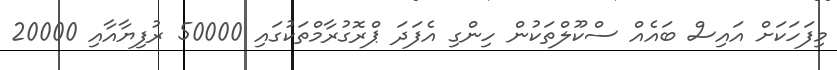
މިފަހަކަށް އައިސް ބައެއް ސްކޫލްތަކުން ހިންގި އެފަދަ ޕްރޮގުރާމްތަކުގައި 50000 ރުފިޔާއާއި 20000